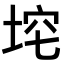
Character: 𪣞